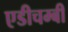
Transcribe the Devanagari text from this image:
एडीचम्बी